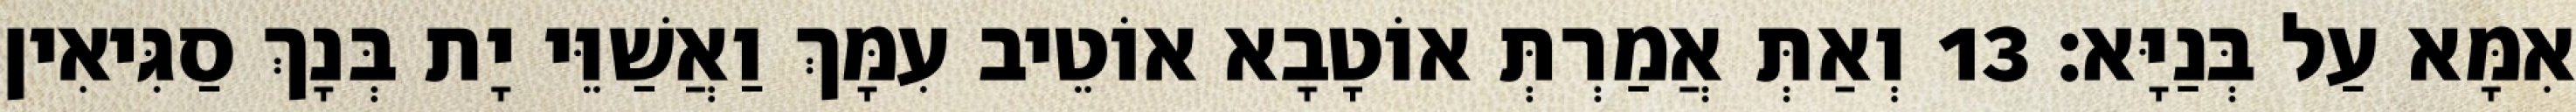
אִמָּא עַל בְּנַיָּא׃ 13 וְאַתְּ אֲמַרְתְּ אוֹטָבָא אוֹטֵיב עִמָּךְ וַאֲשַׁוֵּי יָת בְּנָךְ סַגִּיאִין